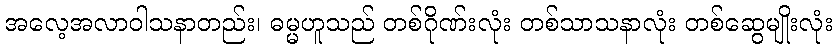
အလေ့အလာဝါသနာတည်း၊ ဓမ္မဟူသည် တစ်ဂိုဏ်းလုံး တစ်သာသနာလုံး တစ်ဆွေမျိုးလုံး